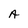
Character: A